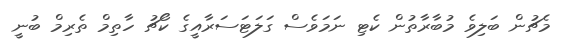
މެޗުން ބަލިވެ މުބާރާތުން ކެޓި ނަމަވެސް ގަލަޓަސަރާއީގެ ކޯޗު ހާތިމް ތެރިމް ބުނީ